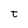
Character: t